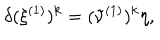
LaTeX: \delta ( \xi ^ { ( 1 ) } ) ^ { k } = ( \tilde { \nu } ^ { ( 1 ) } ) ^ { k } \eta ,